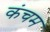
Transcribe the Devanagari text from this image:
कंचम